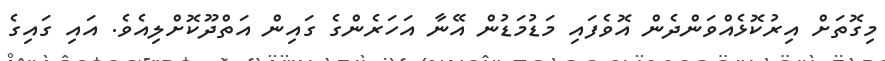
މިގޮތަށް އިރުކޮޅެއްވަންދެން އޮވެފައި މަޑުމަޑުން އޭނާ އަހަރެންގެ ގައިން އަތްދޫކޮށްލިއެވެ. އައި ގައިގެ